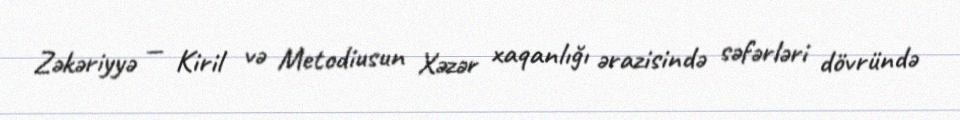
Zəkəriyyə — Kiril və Metodiusun Xəzər xaqanlığı ərazisində səfərləri dövründə